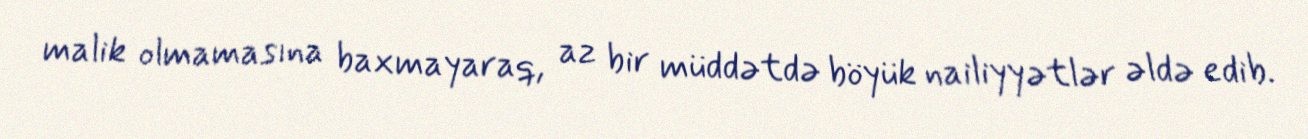
malik olmamasına baxmayaraq, az bir müddətdə böyük nailiyyətlər əldə edib.